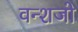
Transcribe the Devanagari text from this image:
वन्शजो